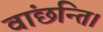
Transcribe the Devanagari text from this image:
वांछन्ति।